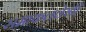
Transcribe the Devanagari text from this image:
समाकललेखी